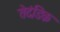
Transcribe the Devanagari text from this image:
तेदंडिक